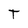
Character: T